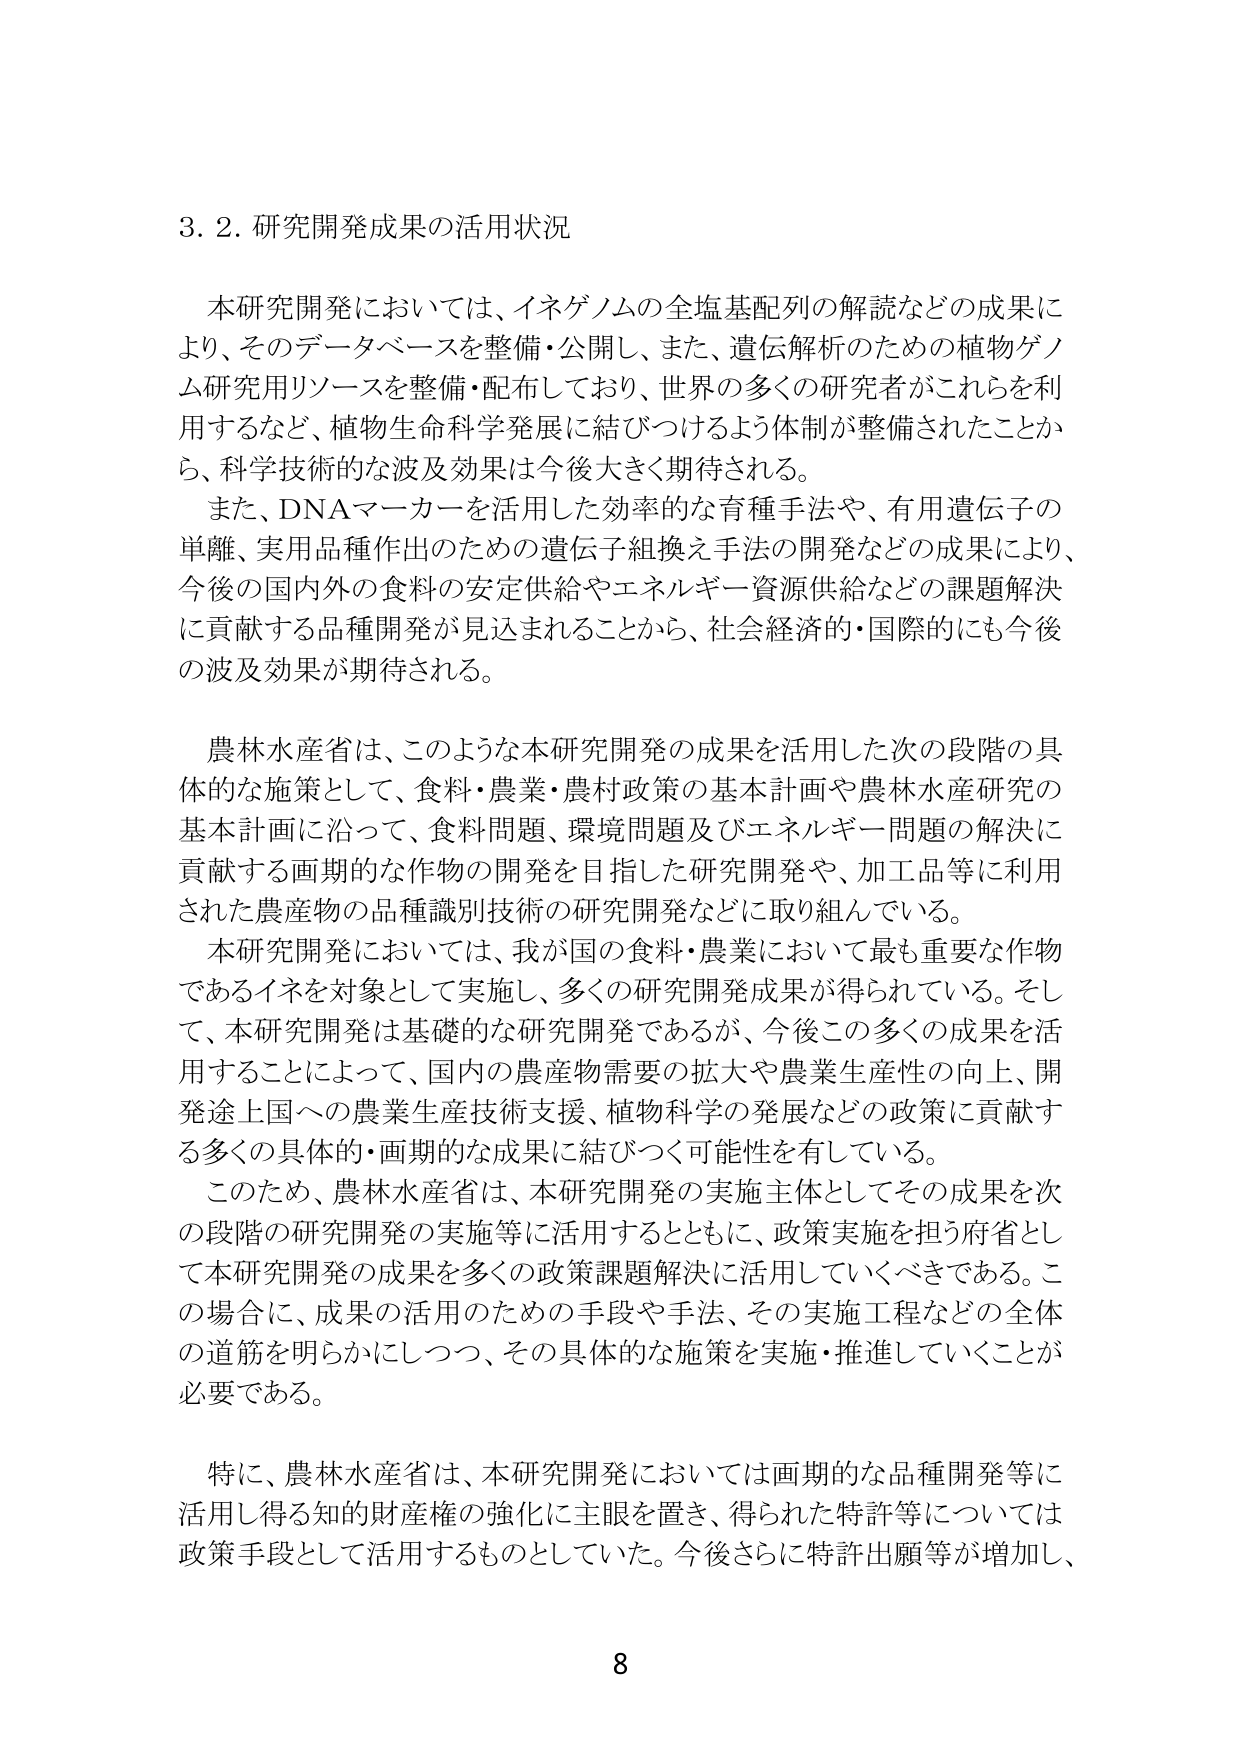
3. 2. 研究開発成果の活用状況

本研究開発においては、イネゲノムの全塩基配列の解読などの成果により、そのデータベースを整備・公開し、また、遺伝解析のための植物ゲノム研究用リソースを整備・配布しており、世界の多くの研究者がこれらを利用するなど、植物生命科学発展に結びつけるよう体制が整備されたことから、科学技術的な波及効果は今後大きく期待される。

また、DNAマーカーを活用した効率的な育種手法や、有用遺伝子の単離、実用品種作出のための遺伝子組換え手法の開発などの成果により、今後の国内外の食料の安定供給やエネルギー資源供給などの課題解決に貢献する品種開発が見込まれることから、社会経済的・国際的にも今後の波及効果が期待される。

農林水産省は、このような本研究開発の成果を活用した次の段階の具体的な施策として、食料・農業・農村政策の基本計画や農林水産研究の基本計画に沿って、食料問題、環境問題及びエネルギー問題の解決に貢献する画期的な作物の開発を目指した研究開発や、加工品等に利用された農産物の品種識別技術の研究開発などに取り組んでいる。

本研究開発においては、我が国の食料・農業において最も重要な作物であるイネを対象として実施し、多くの研究開発成果が得られている。そして、本研究開発は基礎的な研究開発であるが、今後この多くの成果を活用することによって、国内の農産物需要の拡大や農業生産性の向上、開発途上国への農業生産技術支援、植物科学の発展などの政策に貢献する多くの具体的・画期的な成果に結びつく可能性を有している。

このため、農林水産省は、本研究開発の実施主体としてその成果を次の段階の研究開発の実施等に活用するとともに、政策実施を担う府省として本研究開発の成果を多くの政策課題解決に活用していくべきである。この場合に、成果の活用のための手段や手法、その実施工程などの全体の道筋を明らかにしつつ、その具体的な施策を実施・推進していくことが必要である。

特に、農林水産省は、本研究開発においては画期的な品種開発等に活用し得る知的財産権の強化に主眼を置き、得られた特許等については政策手段として活用するものとしていた。今後さらに特許出願等が増加し、

8